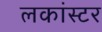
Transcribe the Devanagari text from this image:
लकांस्टर